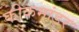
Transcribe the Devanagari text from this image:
कीकमांडर